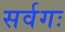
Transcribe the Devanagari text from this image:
सर्वगः